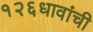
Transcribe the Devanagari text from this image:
१२६धावांची